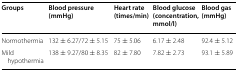
| Groups | Blood pressure (mmHg) | Heart rate (times/min) | Blood glucose (concentration, mmol/l) | Blood gas (mmHg) |
 | --- | --- | --- | --- | --- |
 | Normothermia | 132 ± 6.27/72 ± 5.15 | 75 ± 5.06 | 6.17 ± 2.48 | 92.4 ± 5.12 |
 | Mild hypothermia | 138 ± 9.27/80 ± 8.35 | 82 ± 7.80 | 7.82 ± 2.73 | 93.1 ± 5.89 |